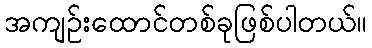
အကျဉ်းထောင်တစ်ခုဖြစ်ပါတယ်။